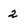
Character: 2